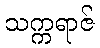
သက္ကရာဇ်